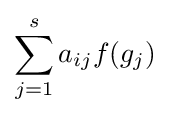
\sum _{j=1}^{s}a_{ij}f(g_{j})